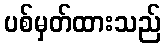
ပစ်မှတ်ထားသည်